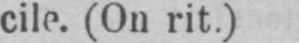
cile. (On rit.)